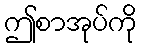
ဤစာအုပ်ကို